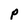
Character: P